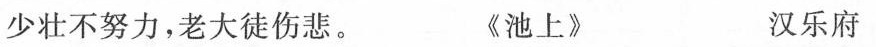
少壮不努力，老大徒伤悲。 《池上》 汉乐府